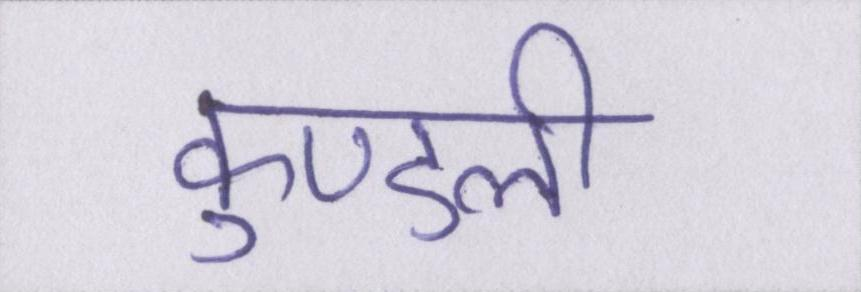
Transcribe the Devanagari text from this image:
कुण्डली